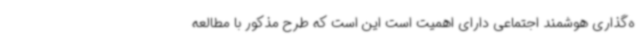
ه‌گذاری هوشمند اجتماعی دارای اهمیت است این است که طرح مذکور با مطالعه